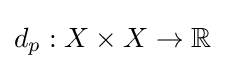
d_{p}:X\times X\to \mathbb {R}